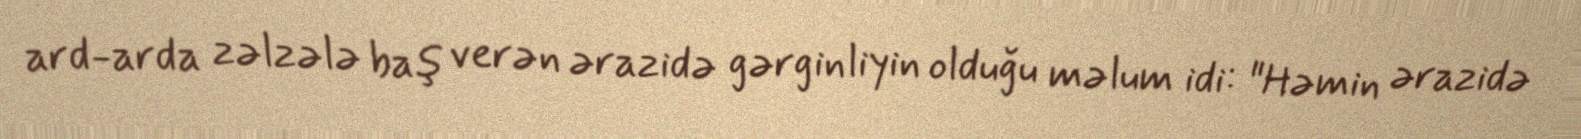
ard-arda zəlzələ baş verən ərazidə gərginliyin olduğu məlum idi: "Həmin ərazidə